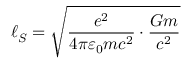
\ell _ { S } = { \sqrt { { \frac { e ^ { 2 } } { 4 \pi \varepsilon _ { 0 } m c ^ { 2 } } } \cdot { \frac { G m } { c ^ { 2 } } } } }